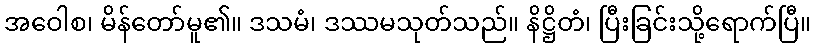
အဝေါစ၊ မိန်တော်မူ၏။ ဒသမံ၊ ဒဿမသုတ်သည်။ နိဋ္ဌိတံ၊ ပြီးခြင်းသို့ရောက်ပြီ။